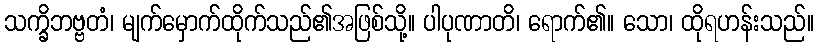
သက္ခိဘဗ္ဗတံ၊ မျက်မှောက်ထိုက်သည်၏အဖြစ်သို့။ ပါပုဏာတိ၊ ရောက်၏။ သော၊ ထိုရဟန်းသည်။